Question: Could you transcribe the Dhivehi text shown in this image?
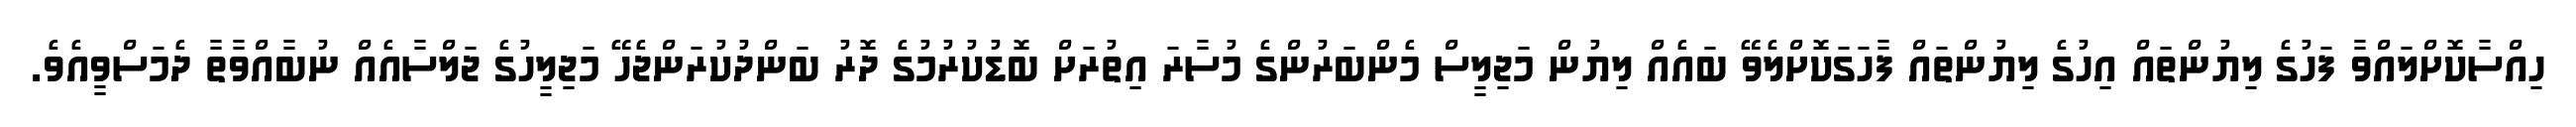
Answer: ހިއްސާކޮށްލައްވާ ފަހުގެ ލިޔުންތައް އިހުގެ ލިޔުންތައް ފާހަގަކޮށްލެވޭ ބައެއް ލިޔުން މަޖިލީސް މެންބަރުންގެ މުސާރަ އިތުރަށް ބޮޑުކުރުމުގެ ދޮރު ބަންދުކުރަންޖެހޭ މަޖިލީހުގެ ޖަލްސާއެއް ނުބާއްވާތާ ދެމަސްވީއެވެ.